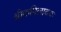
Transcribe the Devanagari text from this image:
श्रीकपिलादयः